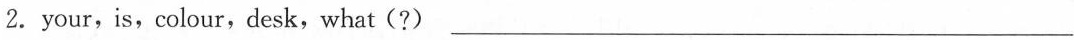
2. your,is,colour,desk,what (?) ___